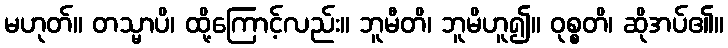
မဟုတ်။ တသ္မာပိ၊ ထို့ကြောင့်လည်း။ ဘူမီတိ၊ ဘူမိဟူ၍။ ဝုစ္စတိ၊ ဆိုအပ်၏။